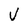
Character: V